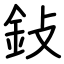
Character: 鈙